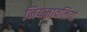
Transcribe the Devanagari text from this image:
नियमावलियां